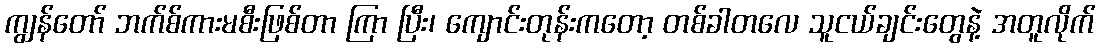
ကျွန်တော် ဘက်စ်ကားမစီးဖြစ်တာ ကြာ ပြီး၊ ကျောင်းတုန်းကတော့ တစ်ခါတလေ သူငယ်ချင်းတွေနဲ့ အတူလိုက်